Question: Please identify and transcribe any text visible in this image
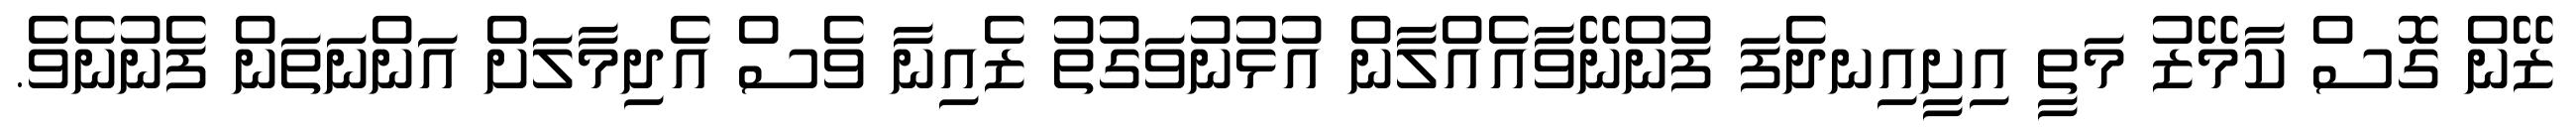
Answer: ޒޭން ގޮސް ކާމޭޒު މަތީ އިށީއިނދެފަ ފުންނޭވާއެއްލާން އުޅުނުވަގުތު ޒެއިނާ ވެސް އެދިމާލަށް އަންނަތަން ފެނުނެވެ.